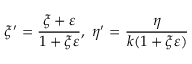
\xi ^ { \prime } = { \frac { \xi + \varepsilon } { 1 + \xi \varepsilon } } , \ \eta ^ { \prime } = { \frac { \eta } { k ( 1 + \xi \varepsilon ) } }